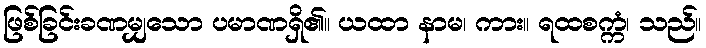
ဖြစ်ခြင်းခဏမျှသော ပမာဏရှိ၏။ ယထာ နာမ၊ ကား။ ရထစက္ကံ၊ သည်။